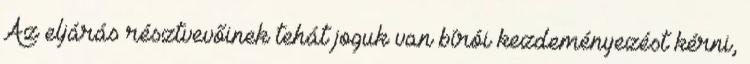
Az eljárás résztvevőinek tehát joguk van bírói kezdeményezést kérni,